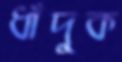
ধাঁদুক